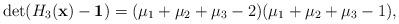
LaTeX: \begin{align*} \det(H_3(\mathbf{x}) - \mathbf{1}) = (\mu_1 + \mu_2 + \mu_3 - 2) (\mu_1 + \mu_2 + \mu_3 - 1),\end{align*}